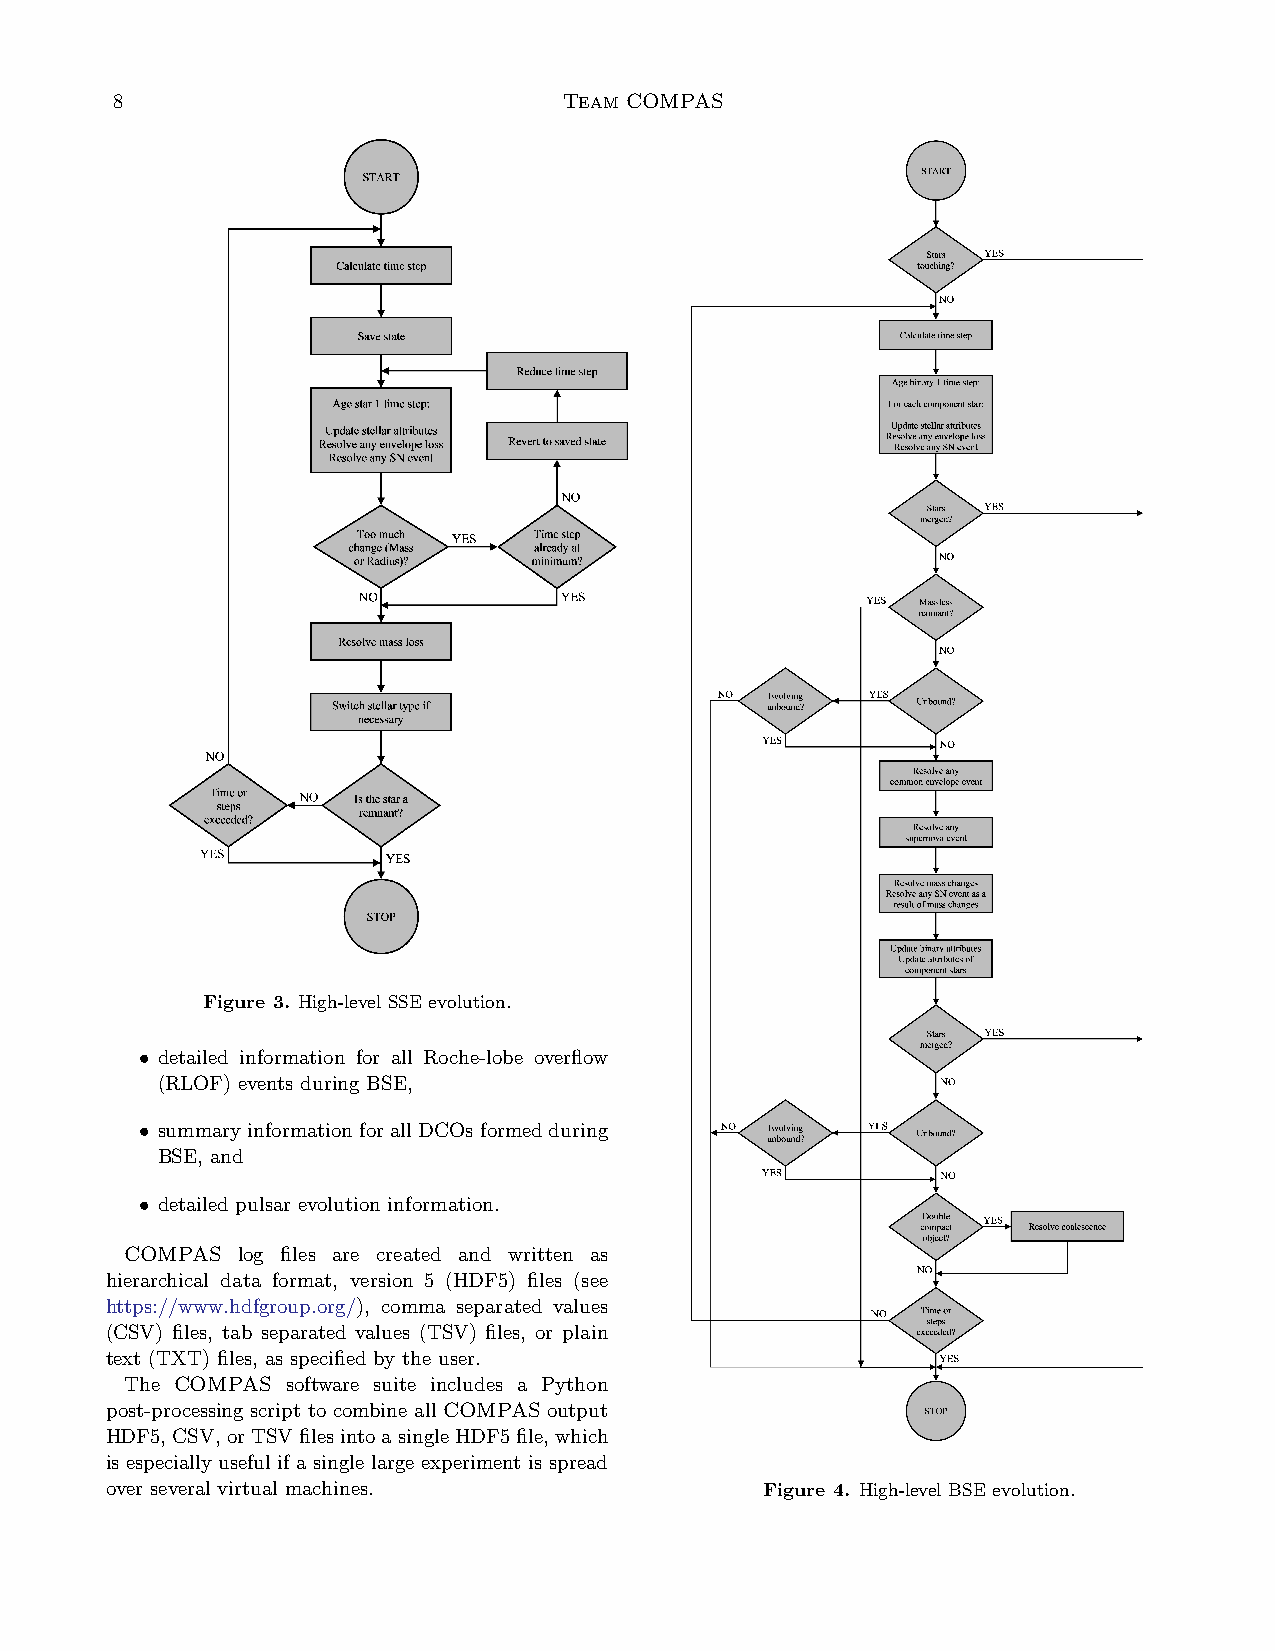
8                             Team COMPAS
 Figure 3. High-level SSE evolution.
 • detailed information for all Roche-lobe overflow
 (RLOF) events during BSE,
 • summary information for all DCOs formed during
 BSE, and
 • detailed pulsar evolution information.
 COMPAS  log files are created and written as
 hierarchical data format, version 5 (HDF5) files (see
 https://www.hdfgroup.org/), comma separated values
 (CSV) files, tab separated values (TSV) files, or plain
 text (TXT) files, as specified by the user.
 The COMPAS software suite includes a Python
 post-processing script to combine all COMPAS output
 HDF5, CSV, orTSVfilesintoasingleHDF5file, which
 is especially useful if a single large experiment is spread
 over several virtual machines.              Figure 4. High-level BSE evolution.